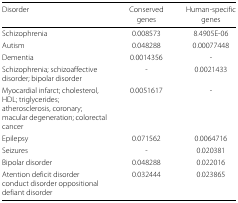
| Disorder | Conserved | Human-specific |
 |  | genes | genes |
 | --- | --- | --- |
 | Schizophrenia | 0.008573 | 8.4905E-06 |
 | Autism | 0.048288 | 0.00077448 |
 | Dementia | 0.0014356 | - |
 | Schizophrenia; schizoaffective disorder; bipolar disorder | - | 0.0021433 |
 | Myocardial infarct; cholesterol, HDL; triglycerides; atherosclerosis, coronary; macular degeneration; colorectal cancer | 0.0051617 | - |
 | Epilepsy | 0.071562 | 0.0064716 |
 | Seizures | - | 0.020381 |
 | Bipolar disorder | 0.048288 | 0.022016 |
 | Atention deficit disorder conduct disorder oppositional defiant disorder | 0.032444 | 0.023865 |